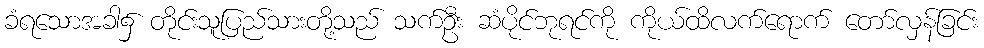
ခံရသောအခါ၌ တိုင်းသူပြည်သားတို့သည် သက်ဦး ဆံပိုင်ဘုရင်ကို ကိုယ်ထိလက်ရောက် တော်လှန်ခြင်း